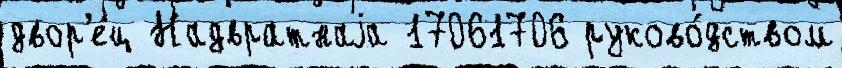
двор'е́ц Надвратнаjа 17061706 руково́дством